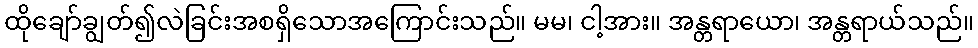
ထိုချော်ချွတ်၍လဲခြင်းအစရှိသောအကြောင်းသည်။ မမ၊ ငါ့အား။ အန္တရာယော၊ အန္တရာယ်သည်။